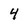
Character: 4